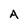
Character: A